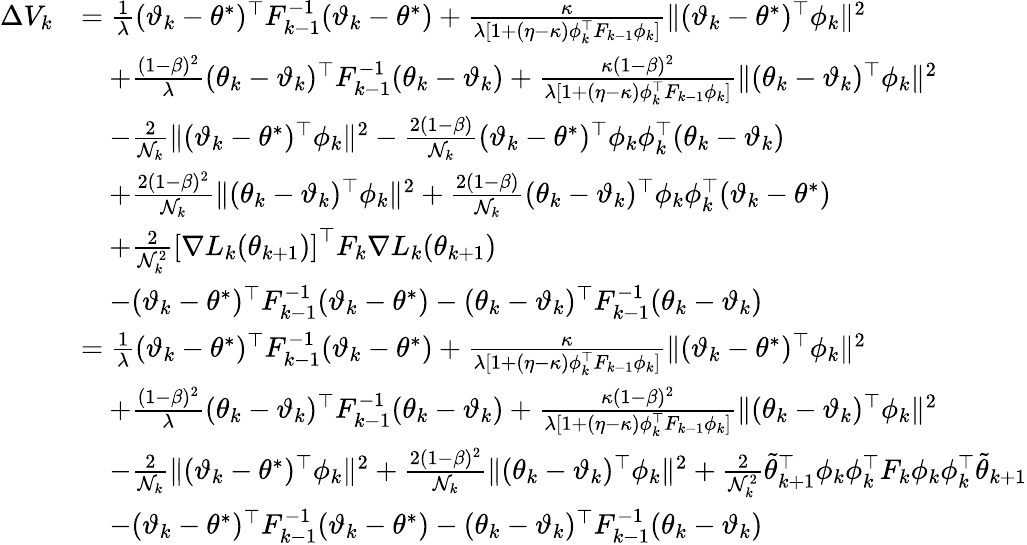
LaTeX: \begin{array}{rl}{\Delta V_{k}}&{=\frac{1}{\lambda}(\vartheta_{k}-\theta^{*})^{\top}F_{k-1}^{-1}(\vartheta_{k}-\theta^{*})+\frac{\kappa}{\lambda[1+(\eta-\kappa)\phi_{k}^{\top}F_{k-1}\phi_{k}]}\| (\vartheta_{k}-\theta^{*})^{\top}\phi_{k}\| ^{2}}\\ &{\quad+\frac{(1-\beta)^{2}}{\lambda}(\theta_{k}-\vartheta_{k})^{\top}F_{k-1}^{-1}(\theta_{k}-\vartheta_{k})+\frac{\kappa(1-\beta)^{2}}{\lambda[1+(\eta-\kappa)\phi_{k}^{\top}F_{k-1}\phi_{k}]}\| (\theta_{k}-\vartheta_{k})^{\top}\phi_{k}\| ^{2}}\\ &{\quad-\frac{2}{\mathcal{N}_{k}}\| (\vartheta_{k}-\theta^{*})^{\top}\phi_{k}\| ^{2}-\frac{2(1-\beta)}{\mathcal{N}_{k}}(\vartheta_{k}-\theta^{*})^{\top}\phi_{k}\phi_{k}^{\top}(\theta_{k}-\vartheta_{k})}\\ &{\quad+\frac{2(1-\beta)^{2}}{\mathcal{N}_{k}}\| (\theta_{k}-\vartheta_{k})^{\top}\phi_{k}\| ^{2}+\frac{2(1-\beta)}{\mathcal{N}_{k}}(\theta_{k}-\vartheta_{k})^{\top}\phi_{k}\phi_{k}^{\top}(\vartheta_{k}-\theta^{*})}\\ &{\quad+\frac{2}{\mathcal{N}_{k}^{2}}\left[\nabla L_{k}(\theta_{k+1})\right]^{\top}F_{k}\nabla L_{k}(\theta_{k+1})}\\ &{\quad-(\vartheta_{k}-\theta^{*})^{\top}F_{k-1}^{-1}(\vartheta_{k}-\theta^{*})-(\theta_{k}-\vartheta_{k})^{\top}F_{k-1}^{-1}(\theta_{k}-\vartheta_{k})}\\ &{=\frac{1}{\lambda}(\vartheta_{k}-\theta^{*})^{\top}F_{k-1}^{-1}(\vartheta_{k}-\theta^{*})+\frac{\kappa}{\lambda[1+(\eta-\kappa)\phi_{k}^{\top}F_{k-1}\phi_{k}]}\| (\vartheta_{k}-\theta^{*})^{\top}\phi_{k}\| ^{2}}\\ &{\quad+\frac{(1-\beta)^{2}}{\lambda}(\theta_{k}-\vartheta_{k})^{\top}F_{k-1}^{-1}(\theta_{k}-\vartheta_{k})+\frac{\kappa(1-\beta)^{2}}{\lambda[1+(\eta-\kappa)\phi_{k}^{\top}F_{k-1}\phi_{k}]}\| (\theta_{k}-\vartheta_{k})^{\top}\phi_{k}\| ^{2}}\\ &{\quad-\frac{2}{\mathcal{N}_{k}}\| (\vartheta_{k}-\theta^{*})^{\top}\phi_{k}\| ^{2}+\frac{2(1-\beta)^{2}}{\mathcal{N}_{k}}\| (\theta_{k}-\vartheta_{k})^{\top}\phi_{k}\| ^{2}+\frac{2}{\mathcal{N}_{k}^{2}}\tilde{\theta}_{k+1}^{\top}\phi_{k}\phi_{k}^{\top}F_{k}\phi_{k}\phi_{k}^{\top}\tilde{\theta}_{k+1}}\\ &{\quad-(\vartheta_{k}-\theta^{*})^{\top}F_{k-1}^{-1}(\vartheta_{k}-\theta^{*})-(\theta_{k}-\vartheta_{k})^{\top}F_{k-1}^{-1}(\theta_{k}-\vartheta_{k})}\end{array}